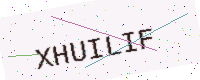
Text: XHUILIF